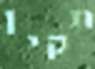
תקין